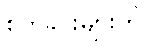
စိုက်ခင်းများကို